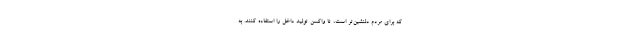
که برای مردم دلنشین‌تر است، تا واکسن تولید داخل را استفاده کنند. به